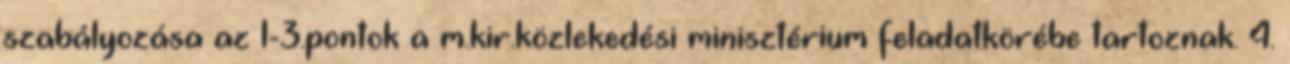
szabályozása az 1-3.pontok a m.kir.közlekedési minisztérium feladatkörébe tartoznak. 4.